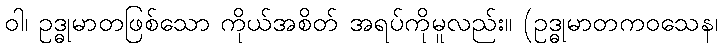
ဝါ၊ ဥဒ္ဓုမာတဖြစ်သော ကိုယ်အစိတ် အရပ်ကိုမူလည်း။ (ဥဒ္ဓုမာတကဝသေန၊